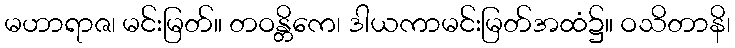
မဟာရာဇ၊ မင်းမြတ်။ တဝန္တိကေ၊ ဒါယကာမင်းမြတ်အထံ၌။ ဝသိတာနိ၊